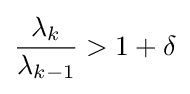
{\frac {\lambda _{k}}{\lambda _{k-1}}}>1+\delta